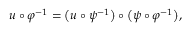
u \circ \varphi ^ { - 1 } = { \big ( } u \circ \psi ^ { - 1 } { \big ) } \circ { \big ( } \psi \circ \varphi ^ { - 1 } { \big ) } ,